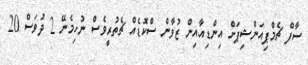
ސާފް ޗެމްޕިއަންޝިޕަށް އިންޑިއާއިން ޒުވާން ސްކޮޑެއް ޗެތުރީވެސް ނުހިމެނޭ 2 ދުވަސް 20